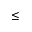
\leq